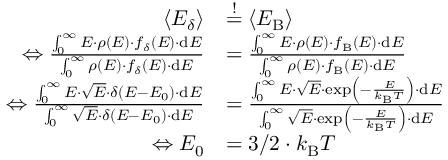
\begin{array} { r l } { \langle E _ { \delta } \rangle } & { \overset { ! } { = } \langle E _ { \mathrm { B } } \rangle } \\ { \Leftrightarrow \frac { \int _ { 0 } ^ { \infty } E \cdot \rho ( E ) \cdot f _ { \delta } ( E ) \cdot \mathrm { d } E } { \int _ { 0 } ^ { \infty } \rho ( E ) \cdot f _ { \delta } ( E ) \cdot \mathrm { d } E } } & { = \frac { \int _ { 0 } ^ { \infty } E \cdot \rho ( E ) \cdot f _ { \mathrm { B } } ( E ) \cdot \mathrm { d } E } { \int _ { 0 } ^ { \infty } \rho ( E ) \cdot f _ { \mathrm { B } } ( E ) \cdot \mathrm { d } E } } \\ { \Leftrightarrow \frac { \int _ { 0 } ^ { \infty } E \cdot \sqrt { E } \cdot \delta ( E - E _ { 0 } ) \cdot \mathrm { d } E } { \int _ { 0 } ^ { \infty } \sqrt { E } \cdot \delta ( E - E _ { 0 } ) \cdot \mathrm { d } E } } & { = \frac { \int _ { 0 } ^ { \infty } E \cdot \sqrt { E } \cdot \exp \left( - \frac { E } { k _ { \mathrm { B } } T } \right) \cdot \mathrm { d } E } { \int _ { 0 } ^ { \infty } \sqrt { E } \cdot \exp \left( - \frac { E } { k _ { \mathrm { B } } T } \right) \cdot \mathrm { d } E } } \\ { \Leftrightarrow E _ { 0 } } & { = 3 / 2 \cdot k _ { \mathrm { B } } T } \end{array}